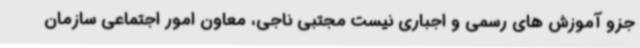
جزو آموزش های رسمی و اجباری نیست مجتبی ناجی، معاون امور اجتماعی سازمان